King Institute of Preventive Medicine Bacteriolog. Section reports 1907-08
Year: 1907
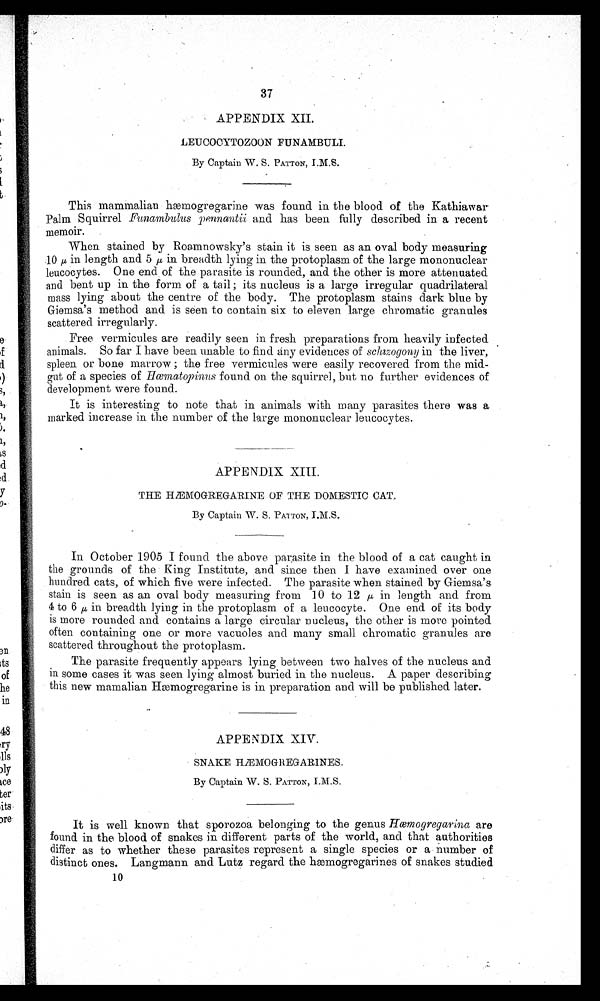
37
•
APPENDIX XII.
L E U C O C Y T O Z O O N F U N A M B U L I .
By Captain W. S. P A T T O N , I . M . S .
This mammalian hæmogregarine was found in the blood of the Kathiawar
Palm Squirrel Funambulus pennantii and has been fully described in a recent
memoir.
When stained by Roamnowsky's stain it is seen as an oval body measuring
10 μ i n l e n g t h a n d 5
μ i n b r e a d t h l y i n g i n t h e p r o t o p l a s m o f t h e l a r g e m o n o n u c l e a r
leucocytes. One end of the parasite is rounded, and the other is more attenuated
and bent up in the form of a tail; its nucleus is a large irregular quadrilateral
mass lying about the centre of the body. The protoplasm stains dark blue by
Giemsa's method and is seen to contain six to eleven large chromatic granules
scattered irregularly.
Free vermicules are readily seen in fresh preparations from heavily infected
animals. So far I have been unable to find any evidences of schizogony in the liver,
spleen or bone marrow ; the free vermicules were easily recovered from the mid-
gut of a species of Hæmatopinus found on the squirrel, but no further evidences of
development were found.
It is interesting to note that in animals with many parasites there was a
marked increase in the number of the large mononuclear leucocytes.
APPENDIX XIII.
THE HÆMOGREGARINE OF THE DOMESTIC CAT.
By Captain W. S. PATTON, I.M.S.
In October 1905 I found the above parasite in the blood of a cat caught in
the grounds of the King Institute, and since then I have examined over one
hundred cats, of which five were infected. The parasite when stained by Giemsa's
stain is seen as an oval body measuring from 10 to 12 μ in length and from
4 to 6 μ , in breadth lying in the protoplasm of a leucocyte. One end of its body
is more rounded and contains a large circular nucleus, the other is more pointed
often containing one or more vacuoles and many small chromatic granules are
scattered throughout the protoplasm.
The parasite frequently appears lying between two halves of the nucleus and
in some cases it was seen lying almost buried in the nucleus. A paper describing
this new mamalian Hæmogregarine is in preparation and will be published later.
APPENDIX XIV.
•
S N A K E H Æ M O G R E G A R I N E S .
By Captain W. S. PATTON, I.M.S.
It is well known that sporozoa belonging to the genus Hæmogregarina are
found in the blood of snakes in different parts of the world, and that authorities
differ as to whether these parasites represent a single species or a number of
distinct ones. Langmann and Lutz regard the hæmogregarines of snakes studied
10